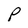
Character: P